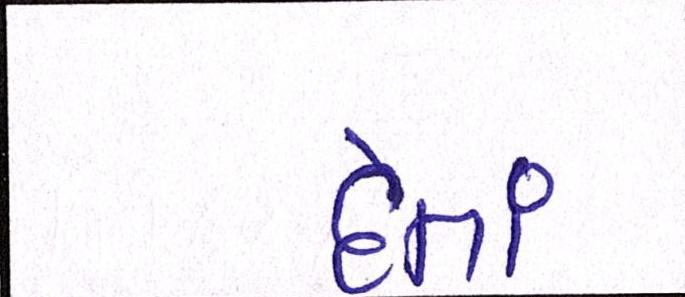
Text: દેતાં